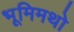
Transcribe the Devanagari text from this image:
भूमिमथो